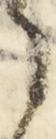
之